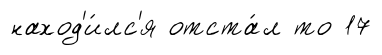
наход'и́лс'я отста́л то 17